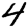
Digit: 4